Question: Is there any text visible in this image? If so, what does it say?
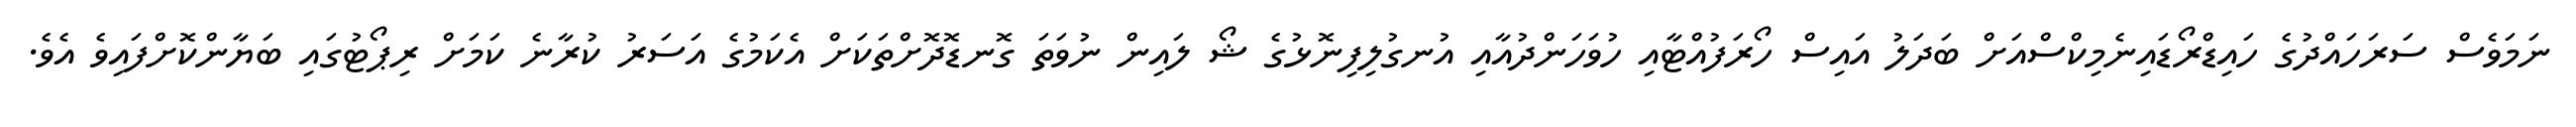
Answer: ނަމަވެސް ސަރަހައްދުގެ ހައިޑްރޯޑައިނެމިކްސްއަށް ބަދަލު އައިސް ހޯރަފުއްޓާއި ހުވަހަންދުއާއި އުނގުލިފިނޮޅުގެ ޝޯ ލައިން ނުވަތަ ގޮނޑޮދޮށްތަކަށް އެކަމުގެ އަސަރު ކުރާނެ ކަމަށް ރިޕޯޓުގައި ބަޔާންކޮށްފައިވެ އެވެ.